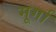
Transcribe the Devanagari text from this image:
मूर्गा